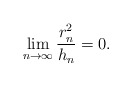
\begin{align*}\lim_{n\to \infty} \frac{r_n^2}{h_n} = 0 . \end{align*}